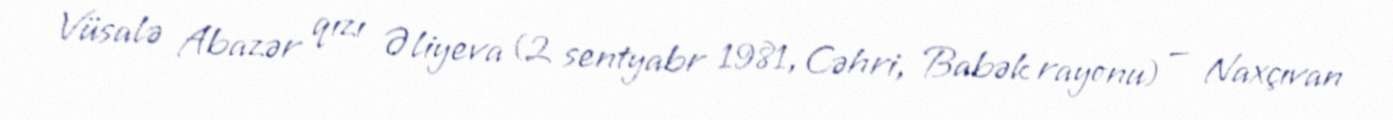
Vüsalə Abazər qızı Əliyeva (2 sentyabr 1981, Cəhri, Babək rayonu) — Naxçıvan